Medical and sanitary report of the native army of Madras for the year
Year: 1877
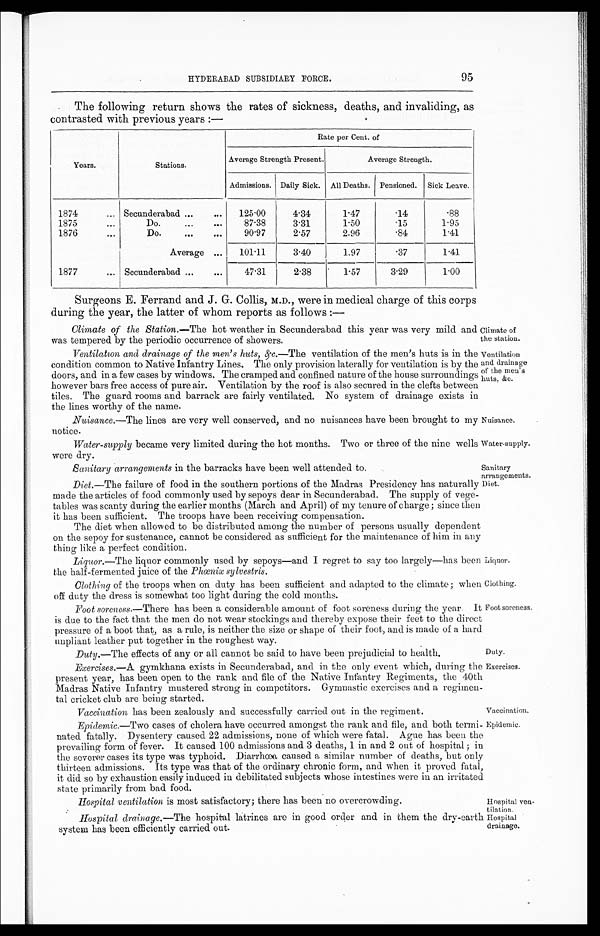
Climate of
the station.
Ventilation
and drainage
of the men's
nuts, amp;c.
Nuisance.
Water-supply.
Liquor.
Clothing.
Foot soreness.
95
HYDERABAD SUBSIDIARY FORCE.
The following return shows the rates of sickness, deaths, and invaliding, as
contrasted with previous years:—
Years.
Stations.
Rate per Cent. of
Average Strength Present.
Average Strength.
Admissions. Daily Sick. All Deaths. Pensioned. Sick Leave.
1874
... Secunderabad...
...
125.00
4.34
1.47
.14
.88
1875
...
Do.
...
. . .
87.38
3.31
1.50
.15
1.95
1876
. . .
Do.
...
. . .
90.97
2.57
2.96
.84
1.41
Average ...
101.11
3.40
1.97
.37
1.41
1877
... Secunderabad ...
...
47.31
2.38
1.57
3.29
1.00
Surgeons E. Ferrand and J. G. Collis, M.D., were in medical charge of this corps
during the year, the latter of whom reports as follows:—
Climate of the Station.— The hot weather in Secunderabad this year was very mild and
was tempered by the periodic occurrence of showers.
111
Ventilation and drainage of the men's huts, amp;c.—The ventilation of the men's huts is in the
condition common to Native Infantry Lines. The only provision laterally for ventilation is by the
doors, and in a few cases by windows. The cramped and confined nature of the house surroundings
however bars free access of pure air. Ventilation by the roof is also secured in the clefts between
tiles. The guard rooms and barrack are fairly ventilated. No system of drainage exists in
the lines worthy of the name.
Nuisance.—The lines are very well conserved, and no nuisances have been brought to my
notice.
Water-supply became very limited during the hot months. Two or three of the nine wells
were dry.
Sanitary arrangements in the barracks have been well attended to.
Sanitary
arrangements.
Diet.—The failure of food in the southern portions of the Madras Presidency has naturally
made the articles of food commonly used by sepoys dear in Secunderabad. The supply of vege-
tables was scanty during the earlier months (March and April) of my tenure of charge; since then
it has been sufficient. The troops have been receiving compensation.
The diet when allowed to be distributed among the number of persons usually dependent
on the sepoy for sustenance, cannot be considered as sufficient for the maintenance of him in any
thing like a perfect condition.
Liquor.—The liquor commonly used by sepoys—and I regret to say too largely—has been
the half-fermented juice of the Phœnix sylvestris.
Clothing of the troops when on duty has been sufficient and adapted to the climate; whe
n Clothing off duty the dress is somewhat too light during the cold months.
F Foot soreness.—There has been a considerable amount of foot soreness during the year. It
is due to the fact that the men do not wear stockings and thereby expose their feet to the direct
pressure of a boot that, as a rule, is neither the size or shape of their foot, and is made of a hard
unpliant leather put together in the roughest way.
Duty .—The effects of any or all cannot be said to have been prejudicial to health.
Diet.
Duty.
Exercises.—A gymkhana exists in Secunderabad, and in the only event which, during the
present year, has been open to the rank and file of the Native Infantry Regiments, the 40th
Madras Native Infantry mustered strong in competitors. Gymnastic exercises and a regimen-
ta1cricket club are being started.
Exercises.
Vaccination.
Vaccination has been zealously and successfully carried out in the regiment.
Epidemic.—Two cases of cholera have occurred amongst the rank and file, and both termi-
nated fatally. Dysentery caused 22 admissions, none of which were fatal. Ague has been the
prevailing form of fever. It caused 100 admissions and 3 deaths, 1 in and 2 out of hospital; in
the severer cases its type was typhoid. Diarrhœa caused a similar number of deaths, but only
thirteen admissions. Its type was that of the ordinary chronic form, and when it proved fatal,
it did so by exhaustion easily induced in debilitated subjects whose intestines were in an irritated
state primarily from bad. food.
Epidemic,
Hospital ventilation is most satisfactory; there has been no overcrowding.
Hospital ven-
tilation.
Hospital drainage.—The hospital latrines are in good order and in them the dry-earth
system has been efficiently carried out.
Hospital
drainage.